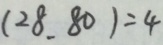
( 2 8 . 8 0 ) = 4